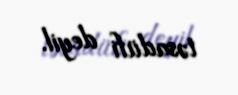
təsadüfi deyil.